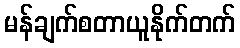
မန်ချက်စတာယူနိုက်တက်